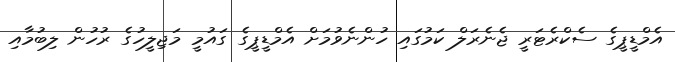
އެމްޑީޕީގެ ސެކްރެޓަރީ ޖެނެރަލް ކަމުގައި ހުންނެވުމަށް އެމްޑީޕީގެ ގައުމީ މަޖިލީހުގެ ރުހުން ލިބުމާއި